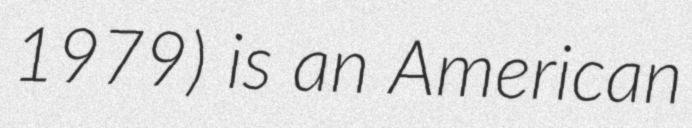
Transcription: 1979) is an American